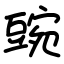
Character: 豌